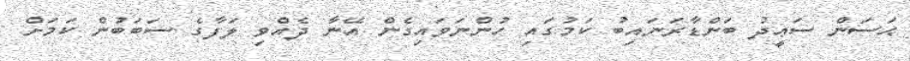
ޙަސަން ސަޢީދު ބަންޑާރަނައިބު ކަމުގައި ހުންނަވައިގެން އޭނާ ދެއްވި ލަފާގެ ސަބަބުން ކަމަށް